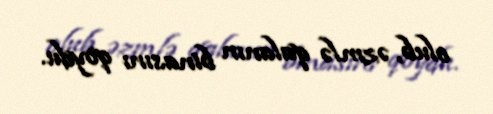
olub, əzmlə qalanın binasını qoydu.